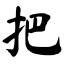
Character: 把